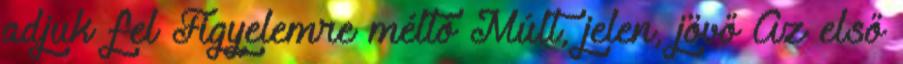
adjuk fel Figyelemre méltó Múlt, jelen, jövő Az első